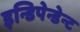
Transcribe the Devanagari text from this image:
इन्डिपेन्डेन्ट